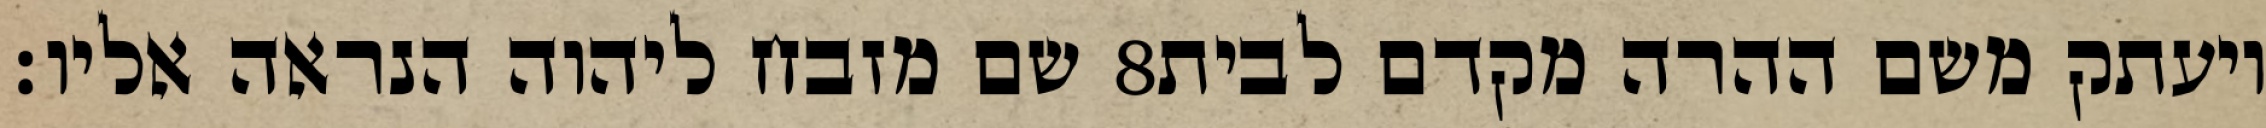
שם מזבח ליהוה הנראה אליו׃ ‎8‏ ויעתק משם ההרה מקדם לבית